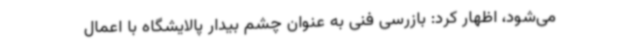
می‌شود، اظهار کرد: بازرسی فنی به عنوان چشم بیدار پالایشگاه با اعمال